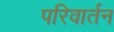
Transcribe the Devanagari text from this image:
परिवार्तन